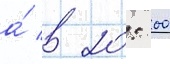
а́ в 20: 00